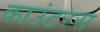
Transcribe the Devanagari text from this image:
काउंटरस